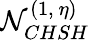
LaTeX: \mathcal{N}_{CHSH}^{(1,~\eta)}